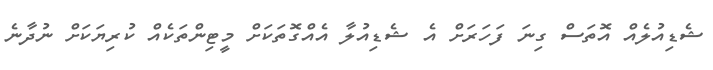
ޝެޑިއުލެއް އޮތަސް ގިނަ ފަހަރަށް އެ ޝެޑިއުލާ އެއްގޮތަކަށް މީޓިންތަކެއް ކުރިޔަކަށް ނުދާނެ